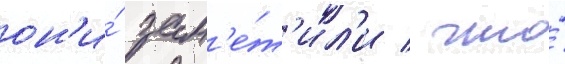
он'и́ зам'е́т'ил'и / что́